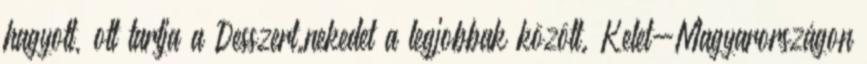
hagyott, ott tartja a Desszert.nekedet a legjobbak között. Kelet-Magyarországon